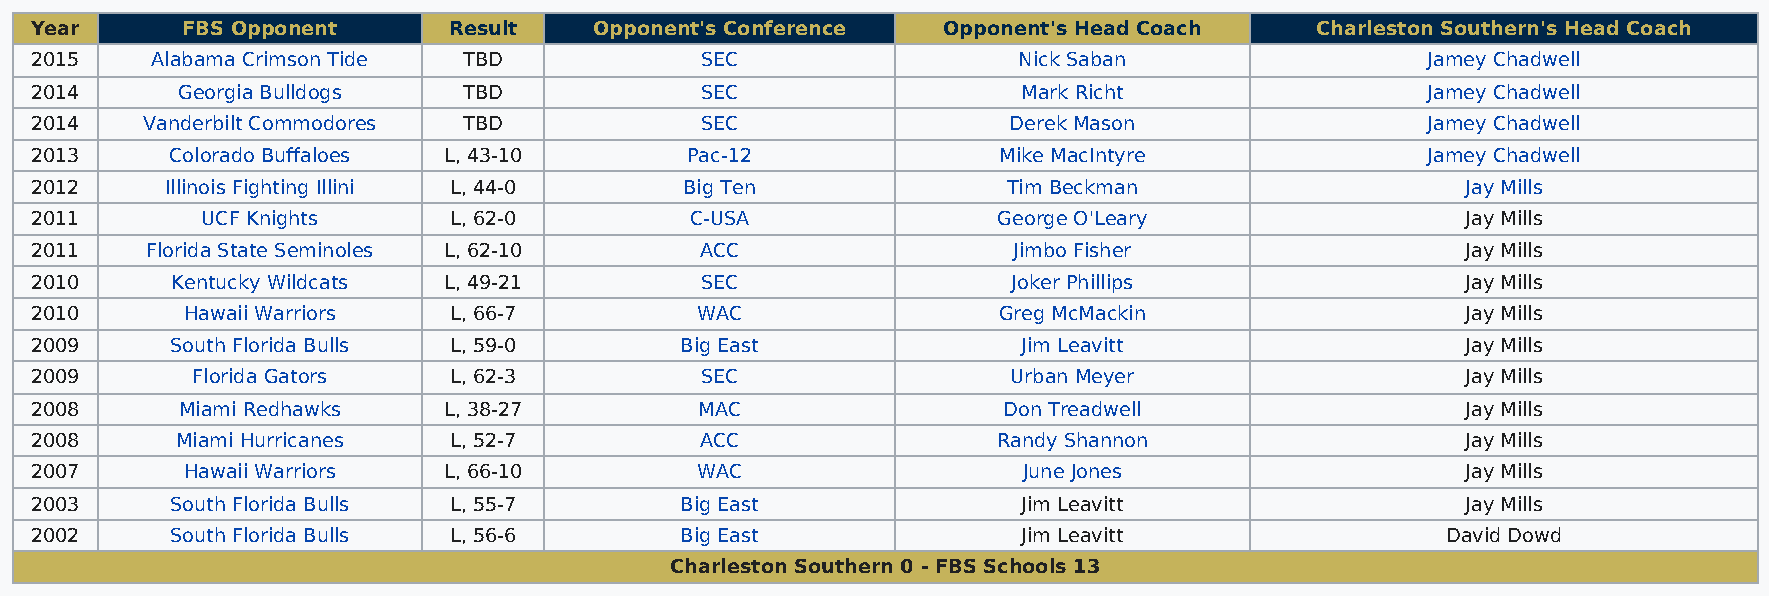
Year      FBS Opponent      Result   Opponent's Conference  Opponent's Head Coach    Charleston Southern's Head Coach
 2015    Alabama Crimson Tide TBD            SEC                  Nick Saban                 Jamey Chadwell
 2014      Georgia Bulldogs   TBD            SEC                   Mark Richt                Jamey Chadwell
 2014   Vanderbilt Commodores TBD            SEC                  Derek Mason                Jamey Chadwell
 2013     Colorado Buffaloes L, 43-10       Pac-12               Mike MacIntyre              Jamey Chadwell
 2012     Illinois Fighting Illini L, 44-0  Big Ten               Tim Beckman                   Jay Mills
 2011       UCF Knights      L, 62-0         C-USA               George O'Leary                 Jay Mills
 2011    Florida State Seminoles L, 62-10    ACC                  Jimbo Fisher                  Jay Mills
 2010     Kentucky Wildcats L, 49-21         SEC                  Joker Phillips                Jay Mills
 2010      Hawaii Warriors   L, 66-7         WAC                 Greg McMackin                  Jay Mills
 2009     South Florida Bulls L, 59-0       Big East               Jim Leavitt                  Jay Mills
 2009       Florida Gators   L, 62-3         SEC                  Urban Meyer                   Jay Mills
 2008      Miami Redhawks   L, 38-27         MAC                 Don Treadwell                  Jay Mills
 2008      Miami Hurricanes  L, 52-7         ACC                 Randy Shannon                  Jay Mills
 2007      Hawaii Warriors  L, 66-10         WAC                   June Jones                   Jay Mills
 2003     South Florida Bulls L, 55-7       Big East               Jim Leavitt                  Jay Mills
 2002     South Florida Bulls L, 56-6       Big East               Jim Leavitt                 David Dowd
 Charleston Southern 0 - FBS Schools 13